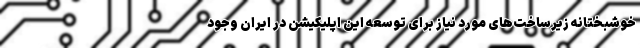
خوشبختانه زیرساخت‌های مورد نیاز برای توسعه این اپلیکیشن در ایران وجود